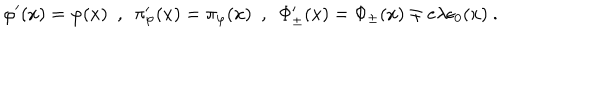
LaTeX: \varphi ^ { \prime } ( x ) = \varphi ( x ) \ \ , \ \ \pi _ { \varphi } ^ { \prime } ( x ) = \pi _ { \varphi } ( x ) \ \ , \ \ \Phi _ { \pm } ^ { \prime } ( x ) = \Phi _ { \pm } ( x ) \mp e \lambda \epsilon _ { 0 } ( x ) \ .